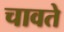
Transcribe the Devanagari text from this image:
चावते